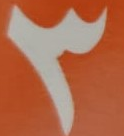
3